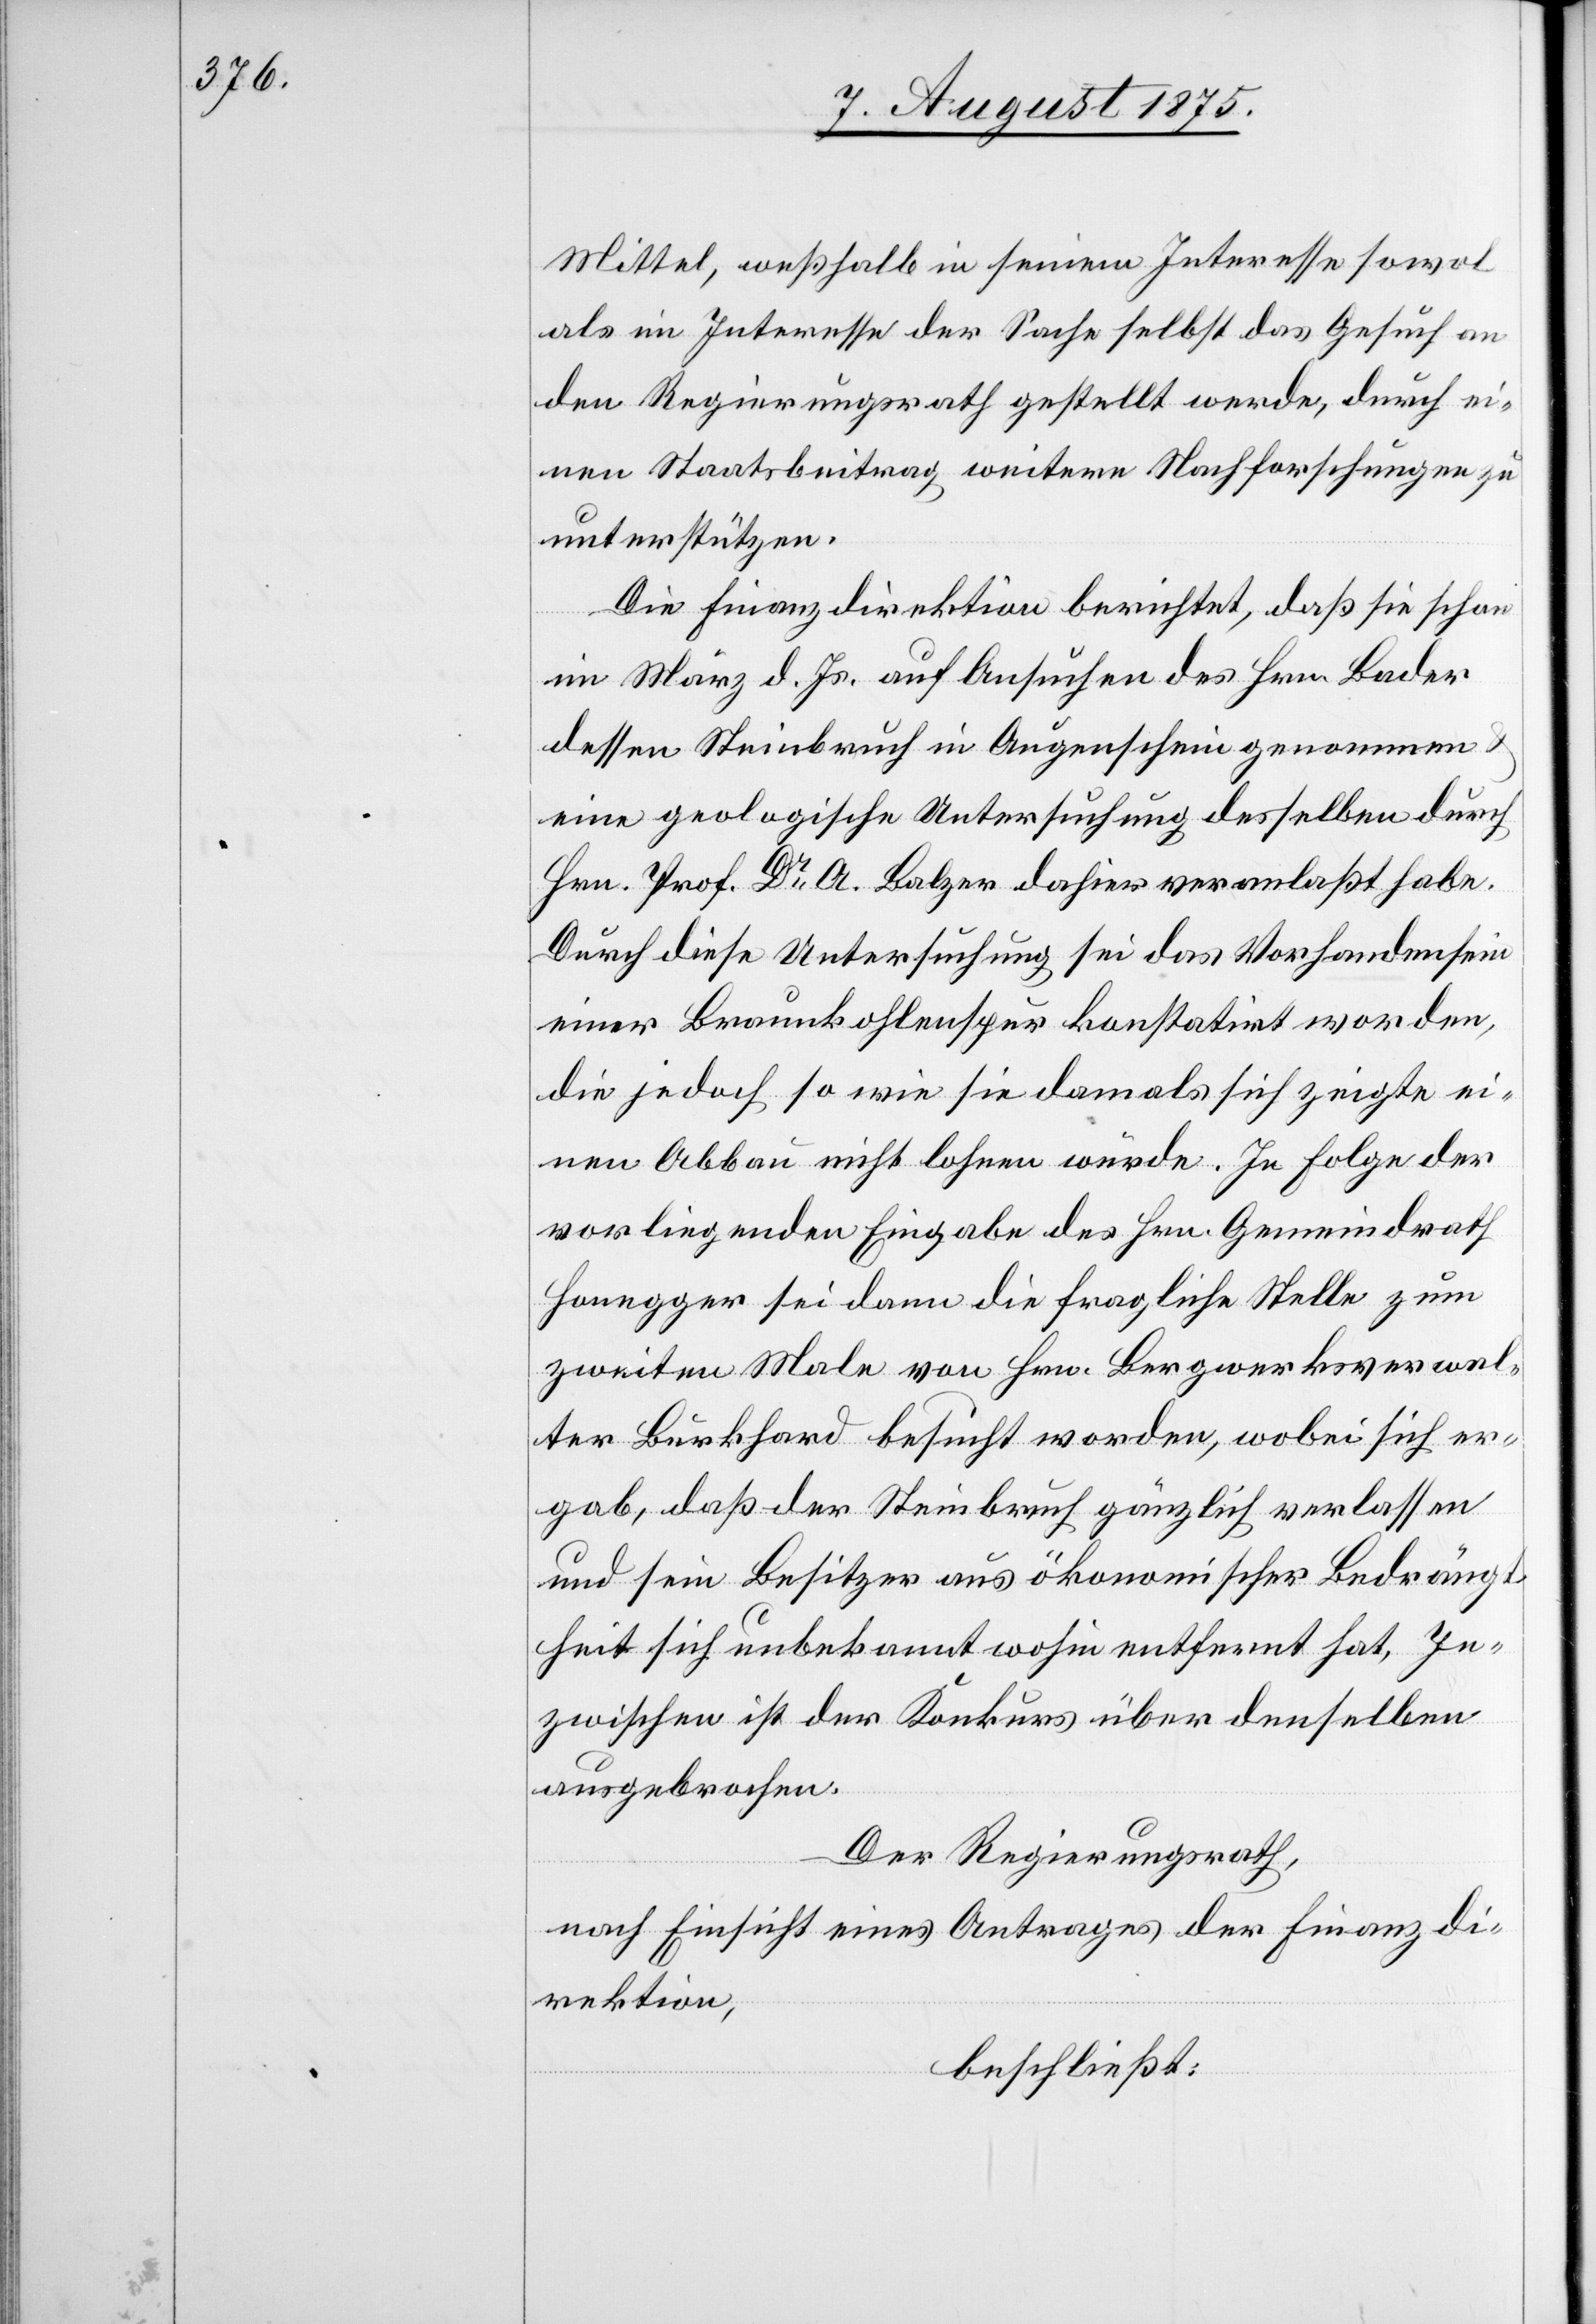
Mittel, weshalb in seinem Interesse sowol
als im Interesse der Sache selbst das Gesuch an
den Regierungsrath gestellt werde, durch ei¬
nen Staatsbeitrag weitere Nachforschungen zu
unterstützen.
Die Finanzdirektion berichtet, daß sie schon
im März d. Js. auf Ansuchen des Hrn. Bader
dessen Steinbruch in Augenschein genommen
eine geologische Untersuchung desselben durch
Hrn. Prof. Dr A. Balzer dahier veranlaßt habe.
Durch diese Untersuchung sei das Vorhandensein
einer Braunkohlenspur konstatirt worden,
die jedoch so wie sie damals sich zeigte ei¬
nen Abbau nicht lohnen würde. In Folge der
vorliegenden Eingabe des Hrn. Gemeindrath
Honegger sei dann die fragliche Stelle zum
zweiten Male von Hrn. Bergwerksverwal¬
ter Burkhard besucht worden, wobei sich er¬
gab, daß der Steinbruch gänzlich verlassen
und sein Besitzer aus ökonomischer Bedrängt¬
heit sich unbekannt wohin entfernt hat. In¬
zwischen ist der Konkurs über denselben
ausgebrochen.
Der Regierungsrath,
nach Einsicht eines Antrages der Finanzdi¬
rektion,
beschließt: